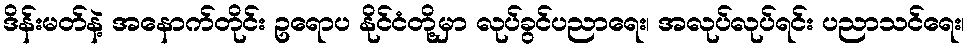
ဒိန်းမတ်နဲ့ အနောက်တိုင်း ဥရောပ နိုင်ငံတို့မှာ လုပ်ခွင်ပညာရေး၊ အလုပ်လုပ်ရင်း ပညာသင်ရေး၊